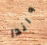
واندا